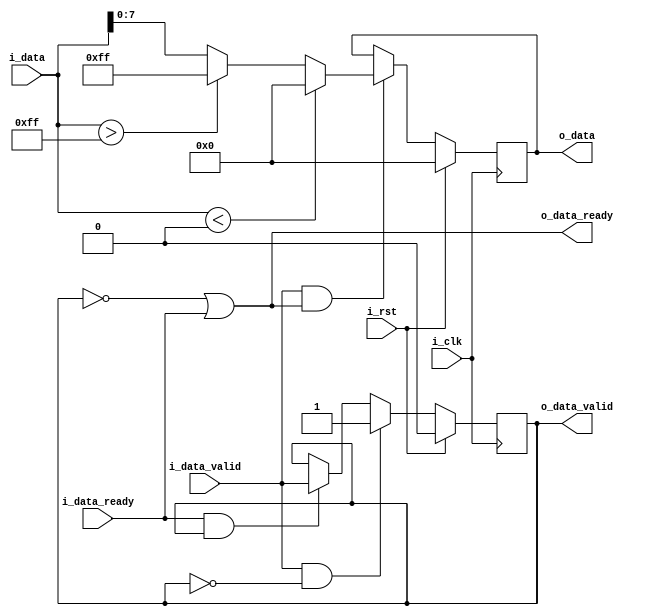
`timescale 1ns / 1ps
//////////////////////////////////////////////////////////////////////////////////
// Company: 
// Engineer: 
// 
// Design Name: 
// Module Name: pipe_stage_conv_sharp
// Project Name: 
// Target Devices: 
// Tool Versions: 
// Description: 
// 
// Dependencies: 
// 
// Revision:
// Revision 0.01 - File Created
// Additional Comments:
// 
//////////////////////////////////////////////////////////////////////////////////


module pipe_stage_conv_sharp(

    input i_clk,
    input i_rst,
    
    //upstream
    input [15:0]i_data,
    input i_data_valid,
    output o_data_ready,
    
    //downstream
    output [7:0]o_data,
    output o_data_valid,
    input i_data_ready

 );
 
     reg [7:0] convolved_data;
     reg valid_data;
     
     always @(posedge i_clk)
     begin
         if(i_rst)
         begin
             convolved_data <= 0;
         end
         else
         begin
             if(i_data_valid & o_data_ready)
             begin
                if($signed(i_data) < 0)
                    convolved_data <= 8'h00;
                else if($signed(i_data) > 255)
                    convolved_data <= 8'hff;  
                else
                    convolved_data <= i_data;           
             end
         end
     end
     
    
 
     always @(posedge i_clk)
     begin
         if(i_rst)
             valid_data <= 0;
         else if(i_data_valid & !valid_data)
             valid_data <= 1;
         else if(i_data_ready & valid_data)
             valid_data <= i_data_valid; 
     end
     
     assign o_data_ready = ~valid_data | i_data_ready ;
     assign o_data_valid = valid_data; 
     
     assign o_data = convolved_data;
 
endmodule